Source: Computer-generated
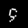
Digit: ၄ (4)